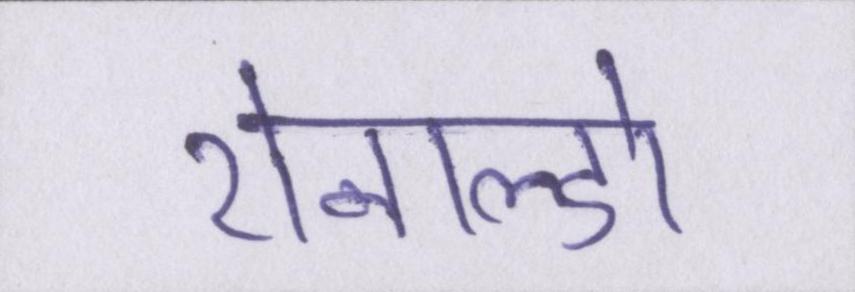
रोनाल्डो